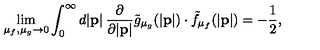
\lim _ { \mu _ { f } , \mu _ { g } \to 0 } \int _ { 0 } ^ { \infty } d | { \bf p } | \: \frac { \partial } { \partial | { \bf p } | } { \tilde { g } } _ { { \mu } _ { g } } ( | { \bf p } | ) \cdot { \tilde { f } } _ { { \mu } _ { f } } ( | { \bf p } | ) = - \frac { 1 } { 2 } ,